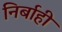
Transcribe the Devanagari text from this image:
निर्बाही